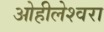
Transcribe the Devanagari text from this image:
ओहीलेश्वरा